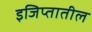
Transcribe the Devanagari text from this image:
इजिप्तातील